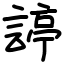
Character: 諪